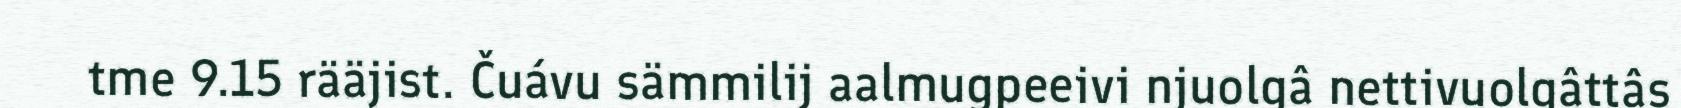
tme 9.15 rääjist. Čuávu sämmilij aalmugpeeivi njuolgâ nettivuolgâttâs